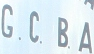
G. C. B. A